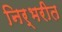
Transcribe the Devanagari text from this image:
निर्भरीत